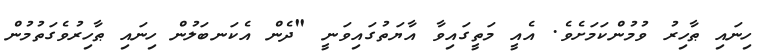
ހިނައި ޠާހިރު ވުމުންކަމަށެވެ. އެއީ މަތީގައިވާ އާޔަތުގައިވަނީ "ދެން އެކަނބަލުން ހިނައި ޠާހިރުވެގަތުމުން